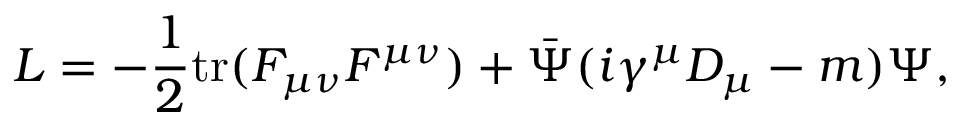
{ \cal L } = - \frac { 1 } { 2 } \mathrm { t r } ( F _ { \mu \nu } F ^ { \mu \nu } ) + \bar { \Psi } ( i \gamma ^ { \mu } D _ { \mu } - m ) \Psi ,